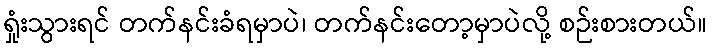
ရှုံးသွားရင် တက်နင်းခံရမှာပဲ၊ တက်နင်းတော့မှာပဲလို့ စဉ်းစားတယ်။